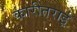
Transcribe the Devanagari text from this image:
कारीतराई